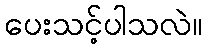
ပေးသင့်ပါသလဲ။